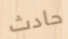
حادث